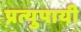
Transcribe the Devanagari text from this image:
प्रत्युपायी